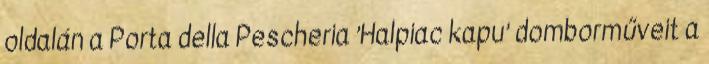
oldalán a Porta della Pescheria ’Halpiac kapu’ domborműveit a